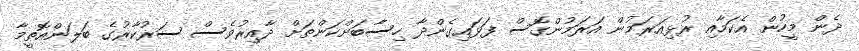
ދެން މީހުން އެކަމާއި ރުޅިއަރަމުން އަރަމުންގޮސް ފަޅައިގެންދާ ހިސާބަށްކަންތަށް ދާއިރުވެސް ސަރުކާރުގެ ބަލަންއޮތީމާ